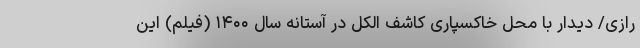
رازی/ دیدار با محل خاکسپاری کاشف الکل در آستانه سال ۱۴۰۰ (فیلم) این